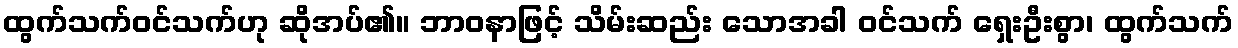
ထွက်သက်ဝင်သက်ဟု ဆိုအပ်၏။ ဘာဝနာဖြင့် သိမ်းဆည်း သောအခါ ဝင်သက် ရှေးဦးစွာ၊ ထွက်သက်